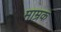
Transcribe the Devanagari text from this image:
माम्रक